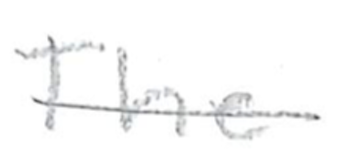
Text: The
Cross-out: single-line
Writing tool: pencil